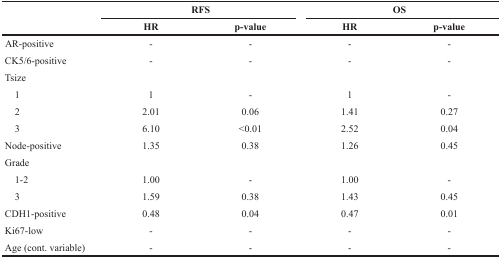
<table><thead><tr><td rowspan="2"></td><td colspan="2"><b>RFS</b></td><td colspan="2"><b>OS</b></td></tr><tr><td><b>HR</b></td><td><b>p-value</b></td><td><b>HR</b></td><td><b>p-value</b></td></tr></thead><tbody><tr><td>AR-positive</td><td>-</td><td>-</td><td>-</td><td>-</td></tr><tr><td>CK5/6-positive</td><td>-</td><td>-</td><td>-</td><td>-</td></tr><tr><td>Tsize</td><td></td><td></td><td></td><td></td></tr><tr><td> 1</td><td>1</td><td>-</td><td>1</td><td>-</td></tr><tr><td> 2</td><td>2.01</td><td>0.06</td><td>1.41</td><td>0.27</td></tr><tr><td> 3</td><td>6.10</td><td>&lt;0.01</td><td>2.52</td><td>0.04</td></tr><tr><td>Node-positive</td><td>1.35</td><td>0.38</td><td>1.26</td><td>0.45</td></tr><tr><td>Grade</td><td></td><td></td><td></td><td></td></tr><tr><td> 1-2</td><td>1.00</td><td>-</td><td>1.00</td><td>-</td></tr><tr><td> 3</td><td>1.59</td><td>0.38</td><td>1.43</td><td>0.45</td></tr><tr><td>CDH1-positive</td><td>0.48</td><td>0.04</td><td>0.47</td><td>0.01</td></tr><tr><td>Ki67-low</td><td>-</td><td>-</td><td>-</td><td>-</td></tr><tr><td>Age (cont. variable)</td><td>-</td><td>-</td><td>-</td><td>-</td></tr></tbody></table>